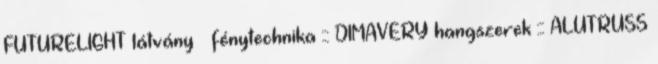
FUTURELIGHT látvány – fénytechnika ::: DIMAVERY hangszerek ::: ALUTRUSS